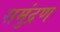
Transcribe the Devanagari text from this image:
समुंद्रण